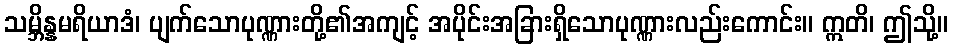
သမ္ဘိန္နမရိယာဒံ၊ ပျက်သောပုဏ္ဏားတို့၏အကျင့် အပိုင်းအခြားရှိသောပုဏ္ဏားလည်းကောင်း။ ဣတိ၊ ဤသို့။